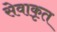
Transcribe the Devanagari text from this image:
सेवाकृत